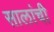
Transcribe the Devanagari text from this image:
सालांची